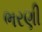
ભરણી